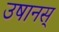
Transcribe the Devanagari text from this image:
उषानस्‌